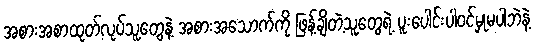
အစားအစာထုတ်လုပ်သူတွေနဲ့ အစားအသောက်ကို ဖြန့်ချိတဲ့သူတွေရဲ့ ပူးပေါင်းပါဝင်မှုမပါဘဲနဲ့